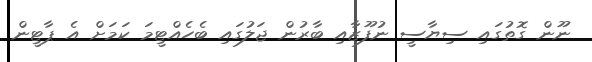
ނޫން ގޮތުގައި ސިޔާސީ ނުފޫޒާއި ބާރުން ޖަލުގައި ބެހެއްޓީމަ ކަމަށް އެ ޕާޓީން